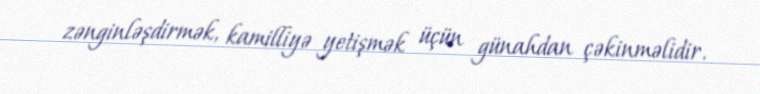
zənginləşdirmək, kamilliyə yetişmək üçün günahdan çəkinməlidir.